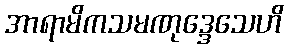
အာရာမိကသမဏုဒ္ဒေသေဟိ